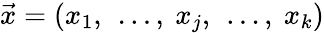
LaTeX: {\vec{x}}=(x_{1},\ \ldots,\ x_{j},\ \ldots,\ x_{k})